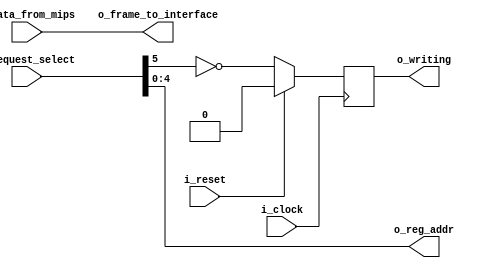
module debug_control_regfile
  #(
    parameter NB_LATCH = 32,
    parameter NB_INPUT_SIZE = 32,
    parameter NB_CONTROL_FRAME = 32,
    parameter CONTROLLER_ID = 6'b0000_00
    )
   (
    output wire [NB_CONTROL_FRAME-1:0] o_frame_to_interface,
    output wire [5-1:0]                o_reg_addr,
    output wire                        o_writing,

    input wire [6-1:0]                 i_request_select,
    input wire [NB_INPUT_SIZE-1:0]     i_data_from_mips,

    input wire                         i_clock,
    input wire                         i_reset
    ) ;

   //Quick instance
   /*
   debug_control_regfile
     #(
       .NB_LATCH            (NB_LATCH             ),
       .NB_INPUT_SIZE       (NB_INPUT_SIZE        ),
       .NB_CONTROL_FRAME    (NB_CONTROL_FRAME     ),
       .CONTROLLER_ID       (CONTROLLER_ID        )
       )
   u_debug_control_regfile
     (
      .o_frame_to_interface (o_frame_to_interface ),
      .o_reg_addr           (o_reg_addr           ),
      .o_writing            (o_writing            ),
      .i_request_select     (i_request_select     ),
      .i_data_from_mips     (i_data_from_mips     ),
      .i_clock              (i_clock              ),
      .i_reset              (i_reset              )
      ) ;
  */
   wire                                request_match;
   reg                                 request_match_reg;

   assign o_frame_to_interface = i_data_from_mips;
   assign o_reg_addr = i_request_select[5-1:0];
   assign o_writing = request_match_reg;

   assign request_match = i_request_select[5] == 1'b0;

   always @(posedge i_clock)
     if (i_reset)
       request_match_reg <= 1'b0;
     else
       request_match_reg <= request_match;

endmodule